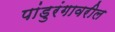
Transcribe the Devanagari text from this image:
पांडुरंगावरील